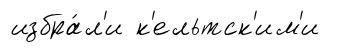
избра́л'и к'ельтск'им'и